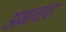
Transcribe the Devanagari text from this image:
अभावावर